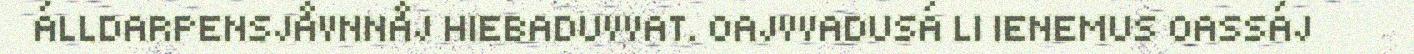
ÁLLDARPENSJÅVNNÅJ HIEBADUVVAT. OAJVVADUSÁ LI IENEMUS OASSÁJ